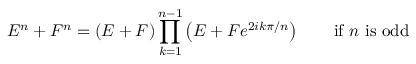
E ^ { n } + F ^ { n } = ( E + F ) \prod _ { k = 1 } ^ { n - 1 } \left( E + F e ^ { 2 i k \pi / n } \right) \qquad { \mathrm { i f ~ } } n { \mathrm { ~ i s ~ o d d } }